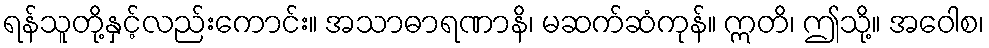
ရန်သူတို့နှင့်လည်းကောင်း။ အသာဓာရဏာနိ၊ မဆက်ဆံကုန်။ ဣတိ၊ ဤသို့။ အဝေါစ၊